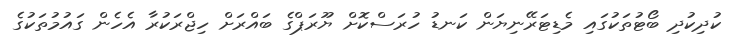
ކުދިކުދި ބޯޓުތަކުގައި މެޑިޓަރޭނިޔަން ކަނޑު ހުރަސްކޮށް ޔޫރަޕްގެ ބައްރަށް ހިޖްރަކުރާ އެހެން ގައުމުތަކުގެ